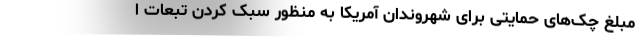
مبلغ چک‌های حمایتی برای شهروندان آمریکا به منظور سبک کردن تبعات ا